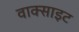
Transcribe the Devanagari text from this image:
वाक्साइट